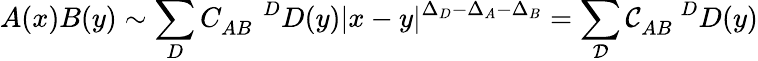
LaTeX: A(x)B(y)\sim\sum_{D}C_{AB}^{\; \; \; \; \; D}D(y)|x-y|^{\Delta_{D}-\Delta_{A}-\Delta_{B}}=\sum_{{\mathcal{D}}}{\mathcal{C}}_{AB}^{\; \; \; \; \; D}D(y)